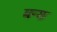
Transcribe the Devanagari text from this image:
मन्छ